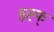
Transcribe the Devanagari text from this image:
इह्फ्